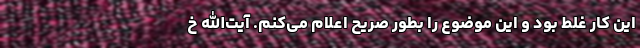
این کار غلط بود و این موضوع را بطور صریح اعلام می‌کنم. آیت‌الله خ